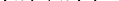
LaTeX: \smash{(\vec{a}_{1}^{\top},\vec{a}_{2}^{\top})^{\top}}